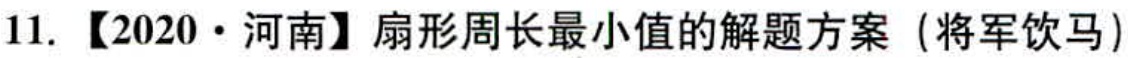
11. 【2020·河南】扇形周长最小值的解题方案（将军饮马）